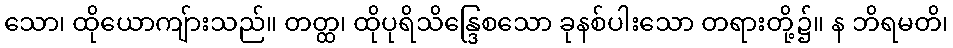
သော၊ ထိုယောကျ်ားသည်။ တတ္ထ၊ ထိုပုရိသိန္ဒြေစသော ခုနစ်ပါးသော တရားတို့၌။ န ဘိရမတိ၊